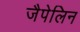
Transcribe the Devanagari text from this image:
जैपेलिन